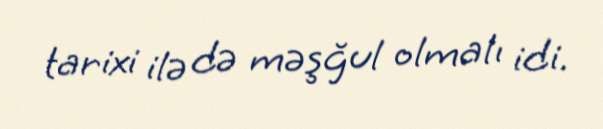
tarixi ilə də məşğul olmalı idi.